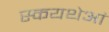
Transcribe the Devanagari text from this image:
स्कयथेआं